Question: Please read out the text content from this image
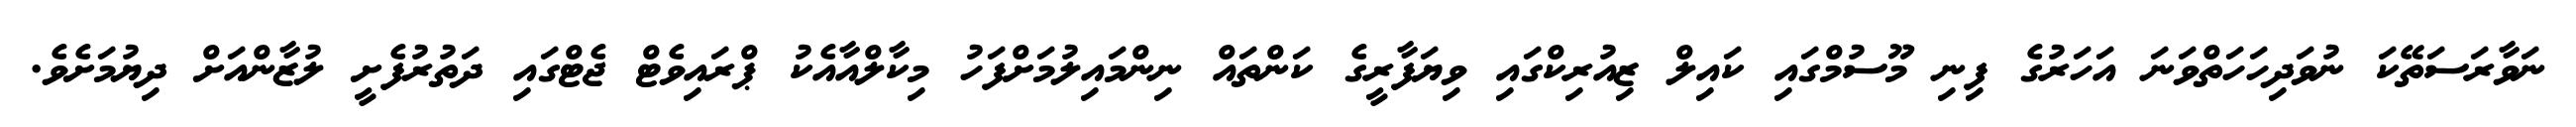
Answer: ނަވާރަސަތޭކަ ނުވަދިހަހަތްވަނަ އަހަރުގެ ފިނި މޫސުމްގައި ކައިލް ޒިއުރިކްގައި ވިޔަފާރީގެ ކަންތައް ނިންމައިލުމަށްފަހު މިކާލްއާއެކު ޕްރައިވެޓް ޖެޓްގައި ދަތުރުފެށީ ލުޒާންއަށް ދިޔުމަށެވެ.